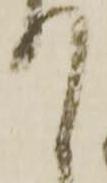
て